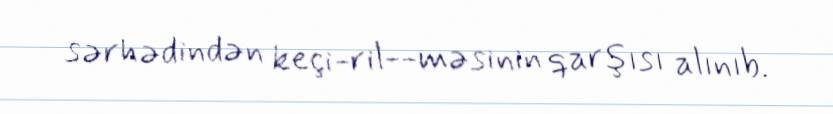
sərhədindən keçi­ril­­məsinin qarşısı alınıb.